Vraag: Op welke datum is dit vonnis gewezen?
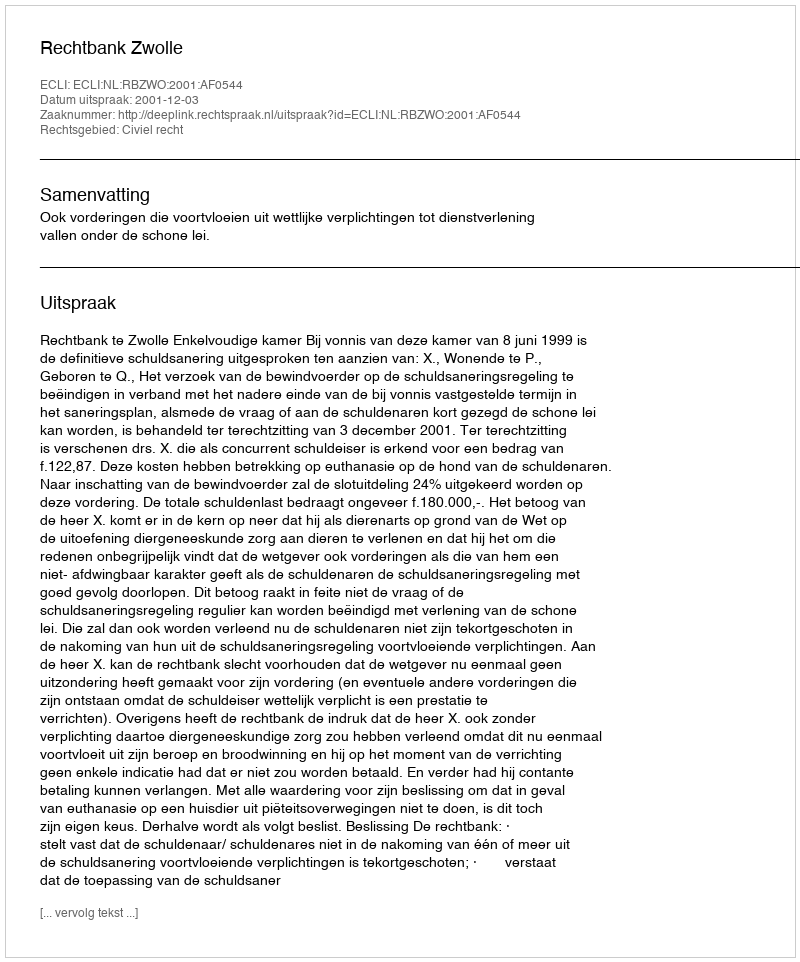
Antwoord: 2001-12-03